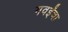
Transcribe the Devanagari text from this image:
गवईंचा